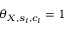
\theta _ { X , s _ { i } , c _ { i } } = 1